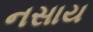
નસાય